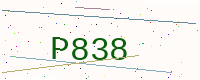
Text: P838